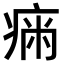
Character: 𤷗